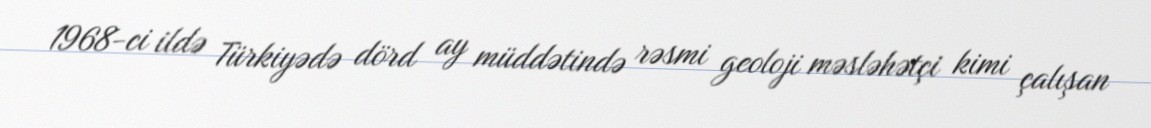
1968-ci ildə Türkiyədə dörd ay müddətində rəsmi geoloji məsləhətçi kimi çalışan